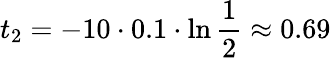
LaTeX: t_{2}=-10\cdot 0.1\cdot\ln{\frac{1}{2}}\approx 0.69